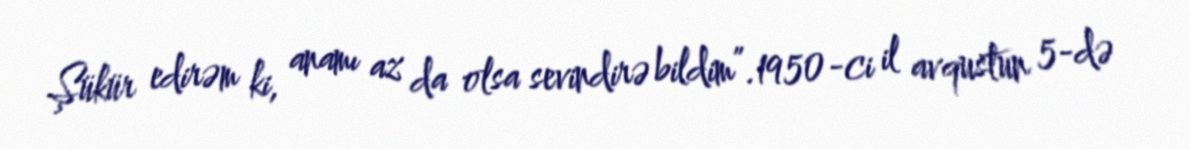
Şükür edirəm ki, anamı az da olsa sevindirə bildim”.1950-ci il avqustun 5-də